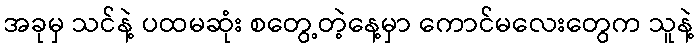
အခုမှ သင်နဲ့ ပထမဆုံး စတွေ့တဲ့နေ့မှာ ကောင်မလေးတွေက သူနဲ့